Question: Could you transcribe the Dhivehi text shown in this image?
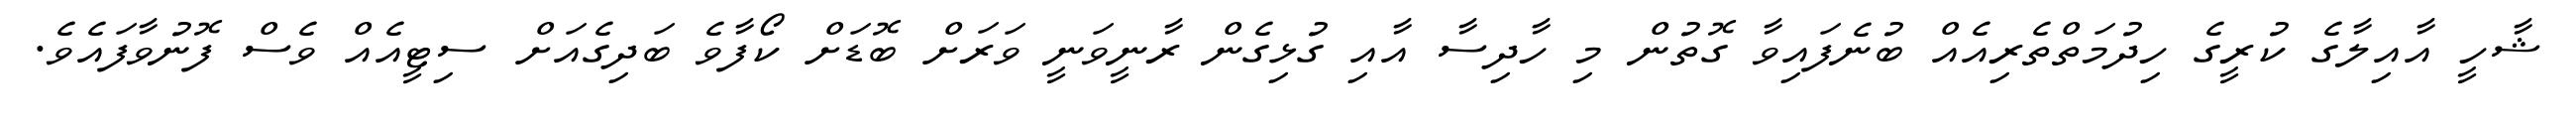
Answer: ޝާހީ އާއިލާގެ ކުރީގެ ހިދުމަތްތެރިއެއް ބުނެފައިވާ ގޮތުން މި ހާދިސާ އާއި ގުޅިގެން ރާނީވަނީ ވަރަށް ބޮޑަށް ކޯފާވެ ބަދިގެއަށް ސިޓީއެއް ވެސް ފޮނުވާފައެވެ.